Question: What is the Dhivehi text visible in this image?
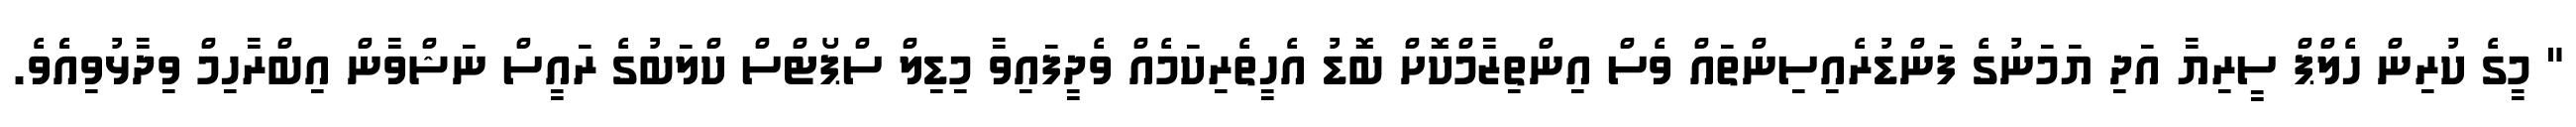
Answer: " މީގެ ކުރިން ހެލްޕް ސީރިޔާ އަދި ޔަމަނުގެ ފަންޑުރެއިސިންތައް ވެސް އިންތިޒާމްކޮށް ބޮޑު އެހީތެރިކަމެއް ވެދީފައިވާ މިޑިލް ސްޕޯޓްސް ކްލަބުގެ ރައީސް ނަޝްވާން އިބްރާހިމް ވިދާޅުވިއެެވެ.